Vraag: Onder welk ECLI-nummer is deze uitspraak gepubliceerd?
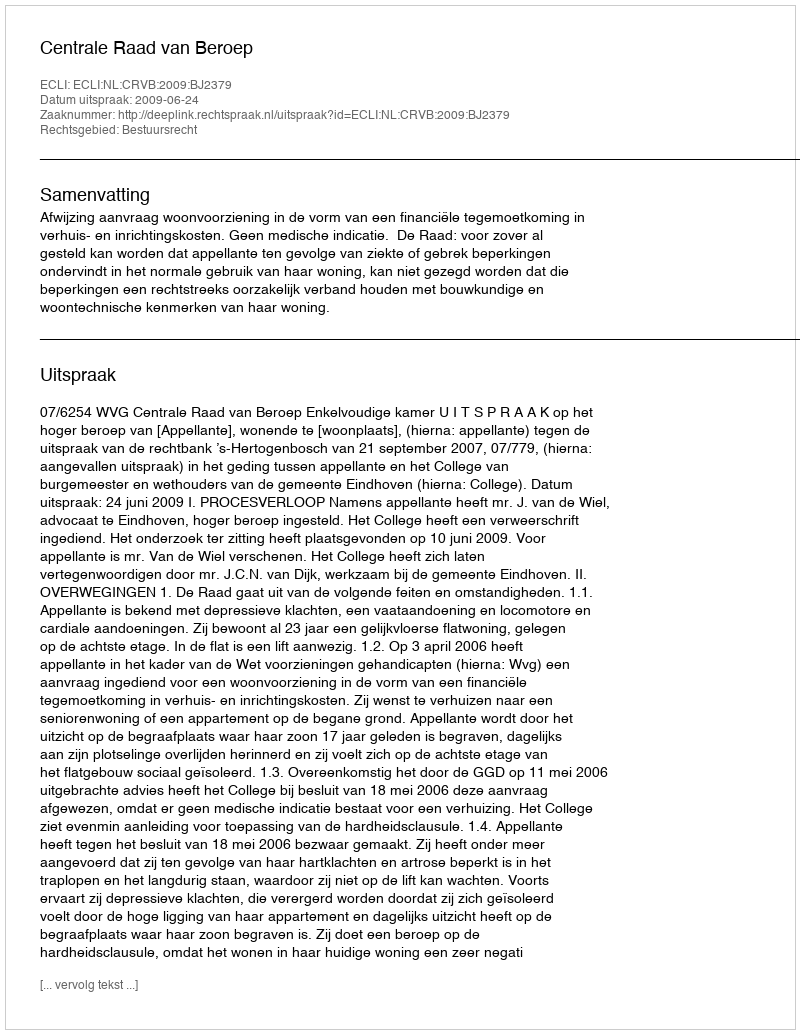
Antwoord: ECLI:NL:CRVB:2009:BJ2379